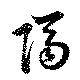
隔